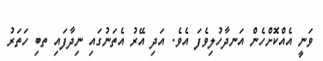
ވަނީ އެއްކޮށްހެން އަނދާހުލިވެފަ އެވެ. އަދި އޭރު އެތަނުގައި ނިދާފައި ތބި ހަތަރު